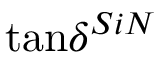
\tan \! \delta ^ { S i N }